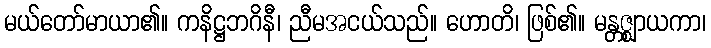
မယ်တော်မာယာ၏။ ကနိဋ္ဌဘဂိနီ၊ ညီမအငယ်သည်။ ဟောတိ၊ ဖြစ်၏။ မန္တဇ္ဈာယကာ၊